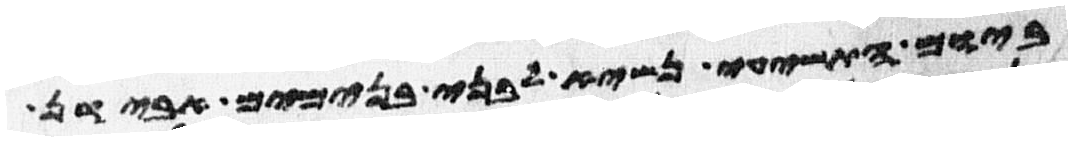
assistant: ביום התשעי נשיא לבני בנימים אבידן